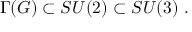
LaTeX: \Gamma ( G ) \subset S U ( 2 ) \subset S U ( 3 ) \ .